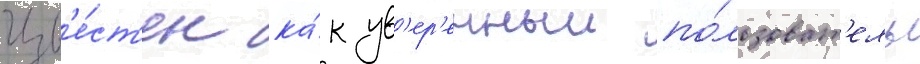
Изв'е́ст'ен ка́к ув'ер'енныи по́льзоват'ель